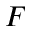
F